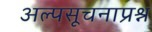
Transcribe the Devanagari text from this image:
अल्पसूचनाप्रश्न